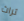
تراث